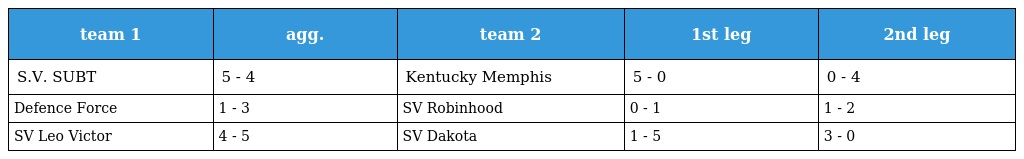
| team 1 | agg. | team 2 | 1st leg | 2nd leg |
 | --- | --- | --- | --- | --- |
 | S.V. SUBT | 5 - 4 | Kentucky Memphis | 5 - 0 | 0 - 4 |
 | Defence Force | 1 - 3 | SV Robinhood | 0 - 1 | 1 - 2 |
 | SV Leo Victor | 4 - 5 | SV Dakota | 1 - 5 | 3 - 0 |